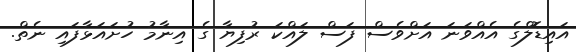
އައިޑޮލްގެ އެއްވަނަ އަށްވެސް ފަސް ލައްކަ ރުފިޔާ ގެ އިނާމު ހުށައަޅާފައި ނެތް.